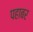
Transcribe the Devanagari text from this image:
पहाबर